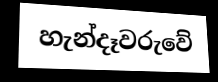
හැන්දෑවරුවේ